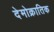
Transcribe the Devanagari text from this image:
देमोक्रातिक